Civil Veterinary Department ledger series I-VI
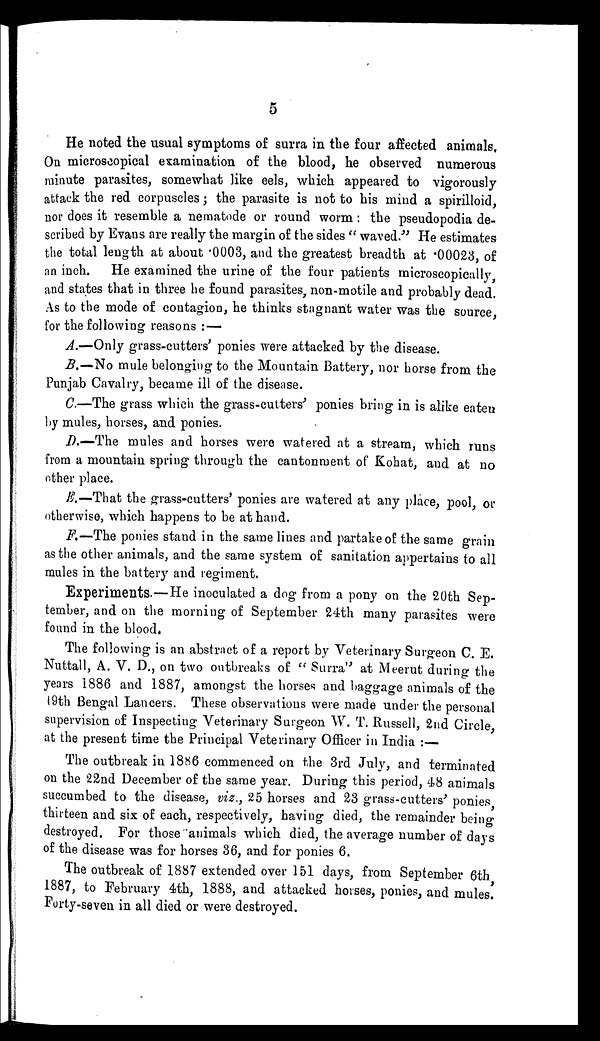
5
He noted the usual symptoms of surra in the four affected animals.
On microscopical examination of the blood, he observed numerous
minute parasites, somewhat like eels, which appeared to vigorously
attack the red corpuscles; the parasite is not to his mind a spirilloid,
nor does it resemble a nematode or round worm: the pseudopodia de-
scribed by Evans are really the margin of the sides "waved." He estimates
the total length at about .0003, and the greatest breadth at .00023, of
an inch. He examined the urine of the four patients microscopically,
and states that in three he found parasites, non-motile and probably dead.
As to the mode of contagion, he thinks stagnant water was the source,
for the following reasons: —
A.—Only grass-cutters' ponies were attacked by the disease.
B.—No mule belonging to the Mountain Battery, nor horse from the
Punjab Cavalry, became ill of the disease.
C.—The grass which the grass-cutters' ponies bring in is alike eaten
by mules, horses, and ponies.
D.—The mules and horses were watered at a stream, which runs
from a mountain spring through the cantonment of Kohat, and at no
other place.
E.—That the grass-cutters' ponies are watered at any place, pool, or
otherwise, which happens to be at hand.
F.—The ponies stand in the same lines and partake of the same grain
as the other animals, and the same system of sanitation appertains to all
mules in the battery and regiment.
Experiments.—He inoculated a dog from a pony on the 20th Sep-
tember, and on the morning of September 24th many parasites were
found in the blood.
The following is an abstract of a report by Veterinary Surgeon C. E.
Nuttall, A. V. D., on two outbreaks of "Surra" at Meerut during the
years 1886 and 1887, amongst the horses and baggage animals of the
19th Bengal Lancers. These observations were made under the personal
supervision of Inspecting Veterinary Surgeon W. T. Russell, 2nd Circle,
at the present time the Principal Veterinary Officer in India:—
The outbreak in 1886 commenced on the 3rd July, and terminated
on the 22nd December of the same year. During this period, 48 animals
succumbed to the disease, viz., 25 horses and 23 grass-cutters' ponies,
thirteen and six of each, respectively, having died, the remainder being
destroyed. For those animals which died, the average number of days
of the disease was for horses 36, and for ponies 6.
The outbreak of 1887 extended over 151 days, from September 6th
1887, to February 4th, 1888, and attacked horses, ponies, and mules.
Forty-seven in all died or were destroyed.